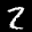
Label: 2